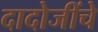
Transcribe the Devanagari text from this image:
दादोजींचे